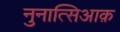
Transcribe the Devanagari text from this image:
नुनात्सिआक़